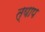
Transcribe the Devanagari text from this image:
त्याप